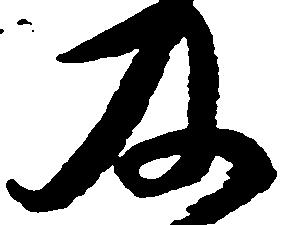
及